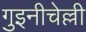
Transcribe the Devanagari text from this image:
गुइनीचेल्ली